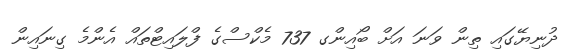
ދުނިޔޭގައި ތިން ވަނަ އަށް ބޯއިންގ 737 މެކްސްގެ ފްލައިޓްތައް އެންމެ ގިނައިން